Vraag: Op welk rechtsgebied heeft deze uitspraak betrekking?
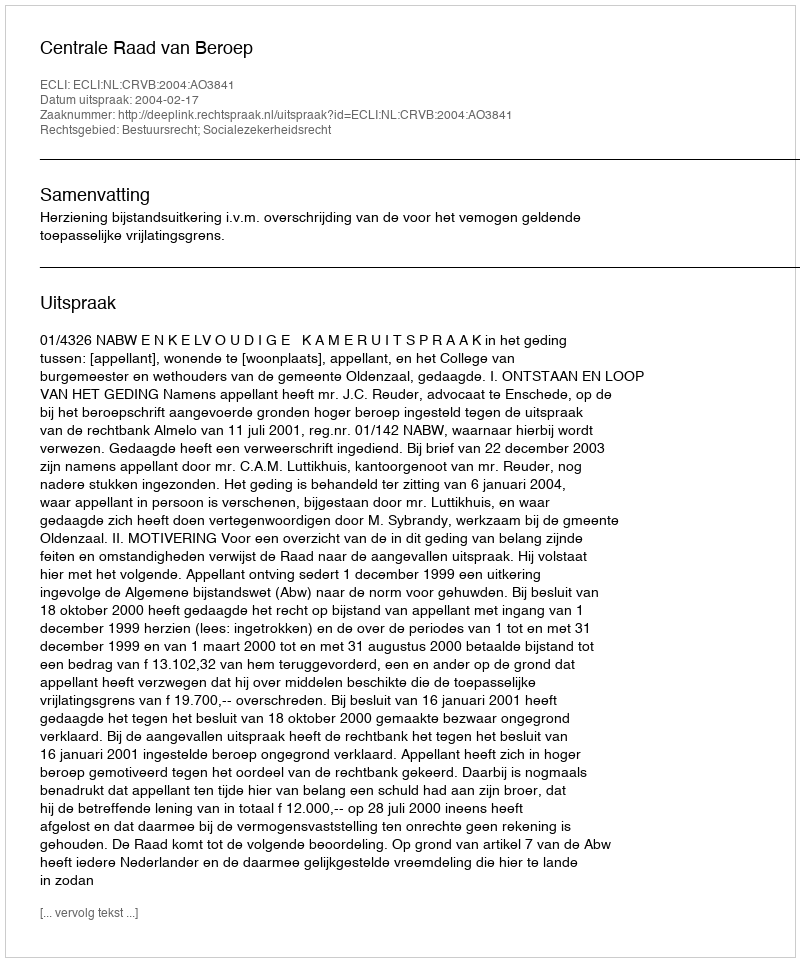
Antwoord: Bestuursrecht; Socialezekerheidsrecht